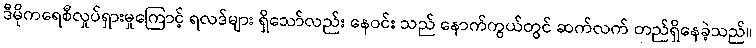
ဒီမိုကရေစီလှုပ်ရှားမှုကြောင့် ရလဒ်များ ရှိသော်လည်း နေဝင်း သည် နောက်ကွယ်တွင် ဆက်လက် တည်ရှိနေခဲ့သည်။